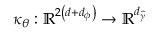
\kappa _ { \theta } : \mathbb { R } ^ { 2 \left( d + d _ { \phi } \right) } \rightarrow \mathbb { R } ^ { d _ { \widehat { \gamma } } }